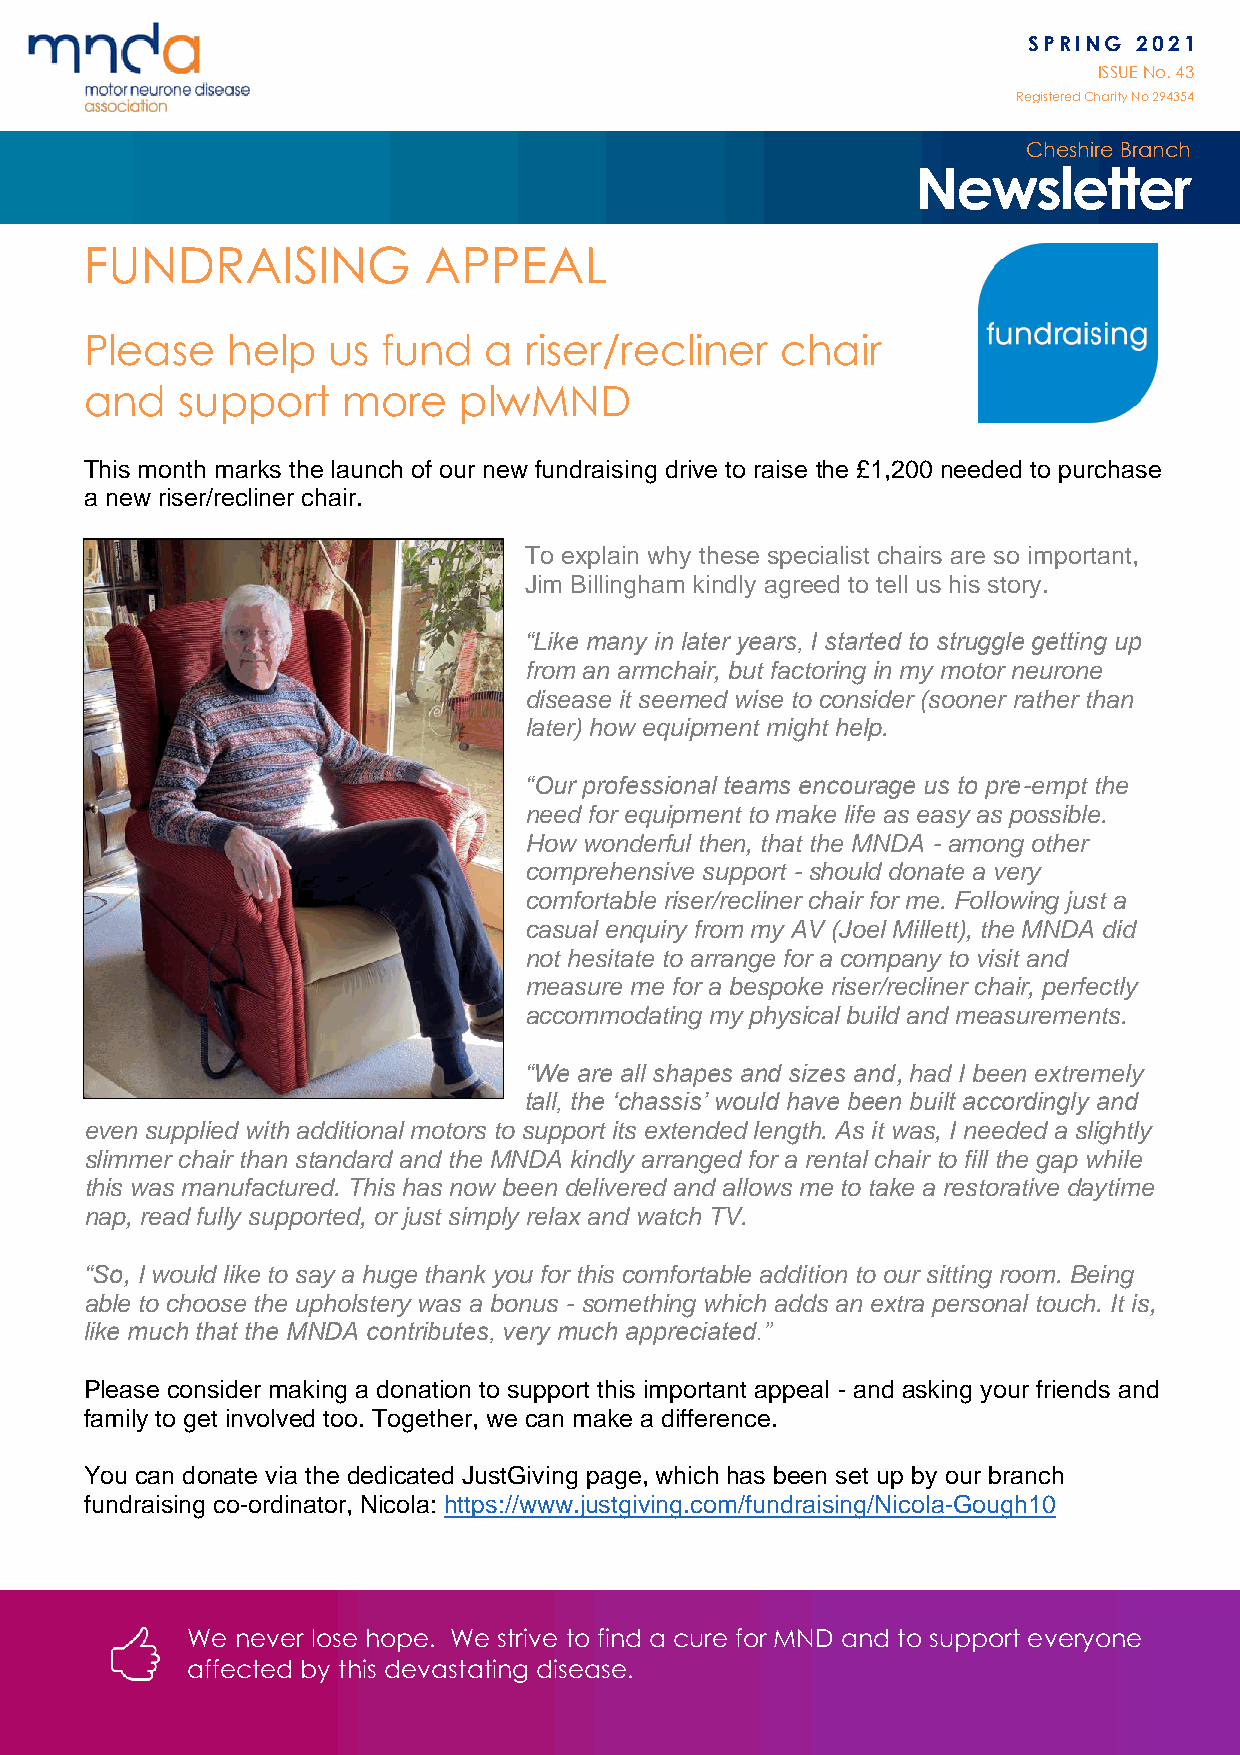
SPRING 2021
 ISSUE No. 43
 Registered Charity No 294 354
 Cheshire Branch
 Newsletter
 FUNDRAISING           APPEAL
 Please   help   us fund   a  riser/recliner   chair
 and   support    more   plwMND
 This month marks the launch of our new fundraising drive to raise the £1,200 needed to purchase
 a new riser/recliner chair.
 To explain why these specialist chairs are so important,
 Jim Billingham kindly agreed to tell us his story.
 “Like many in later years, I started to struggle getting up
 from an armchair, but factoring in my motor neurone
 disease it seemed wise to consider (sooner rather than
 later) how equipment might help.
 “Our professional teams encourage us to pre-empt the
 need for equipment to make life as easy as possible.
 How wonderful then, that the MNDA - among other
 comprehensive support - should donate a very
 comfortable riser/recliner chair for me. Following just a
 casual enquiry from my AV (Joel Millett), the MNDA did
 not hesitate to arrange for a company to visit and
 measure me for a bespoke riser/recliner chair, perfectly
 accommodating my physical build and measurements.
 “We are all shapes and sizes and, had I been extremely
 tall, the ‘chassis’ would have been built accordingly and
 even supplied with additional motors to support its extended length. As it was, I needed a slightly
 slimmer chair than standard and the MNDA kindly arranged for a rental chair to fill the gap while
 this was manufactured. This has now been delivered and allows me to take a restorative daytime
 nap, read fully supported, or just simply relax and watch TV.
 “So, I would like to say a huge thank you for this comfortable addition to our sitting room. Being
 able to choose the upholstery was a bonus - something which adds an extra personal touch. It is,
 like much that the MNDA contributes, very much appreciated.”
 Please consider making a donation to support this important appeal - and asking your friends and
 family to get involved too. Together, we can make a difference.
 You can donate via the dedicated JustGiving page, which has been set up by our branch
 fundraising co-ordinator, Nicola: https://www.justgiving.com/fundraising/Nicola-Gough10
 We  never lose hope. We strive to find a cure for MND and to support everyone
 affected by this devastating disease.